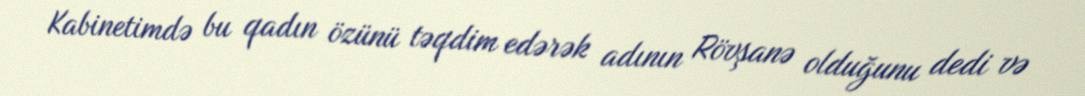
Kabinetimdə bu qadın özünü təqdim edərək adının Rövşanə olduğunu dedi və